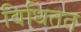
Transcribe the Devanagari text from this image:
विधितत